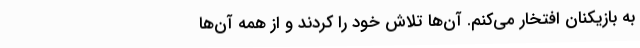
به بازیکنان افتخار می‌کنم. آن‌ها تلاش خود را کردند و از همه آن‌ها